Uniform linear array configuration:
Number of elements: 32
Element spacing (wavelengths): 0.75
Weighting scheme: binomial
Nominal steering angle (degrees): -15
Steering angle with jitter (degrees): -13.773
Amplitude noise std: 0.05
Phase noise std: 0.05

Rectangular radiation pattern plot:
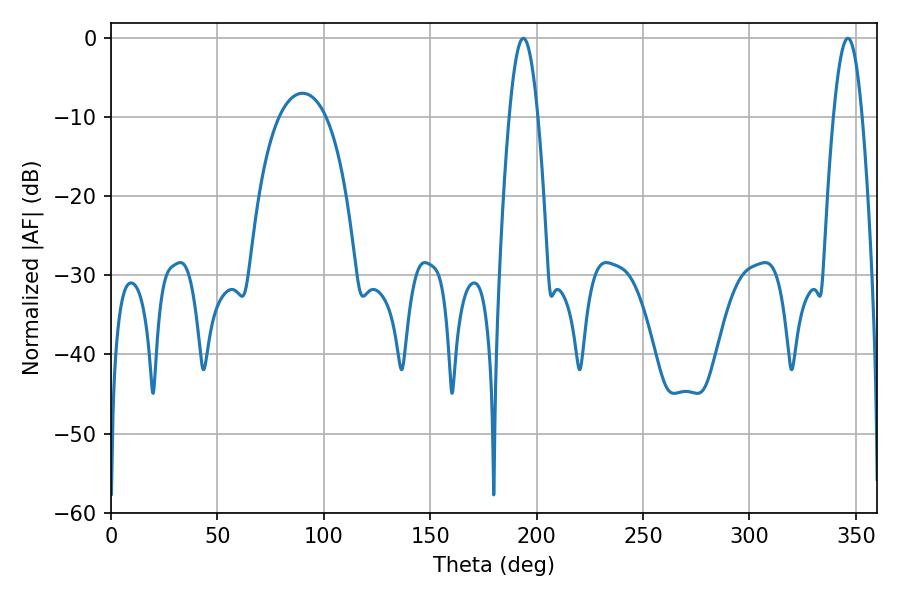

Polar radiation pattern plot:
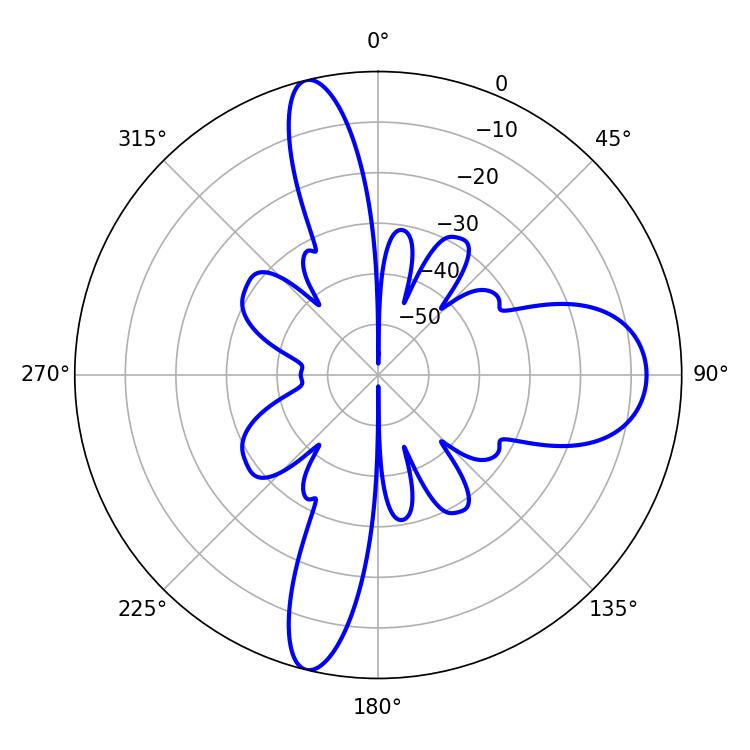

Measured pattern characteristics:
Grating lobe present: TRUE
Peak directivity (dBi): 22.038
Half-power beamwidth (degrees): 7.38
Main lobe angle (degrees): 193.68